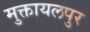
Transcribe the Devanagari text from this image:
मुक्तायलपुर